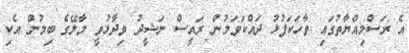
އެ ރަސްމިއްޔާތުގައި ވާހަކަފުޅު ދައްކަވަމުން ރައީސް ނަޝީދު ވިދާޅުވީ މާލޭގެ ބިމުން އެކި